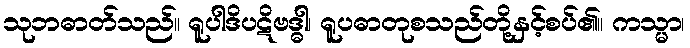
သုဘဓာတ်သည်။ ရူပါဒိပဋိဗဒ္ဓါ၊ ရူပဓာတုစသည်တို့နှင့်စပ်၏။ ကသ္မာ၊